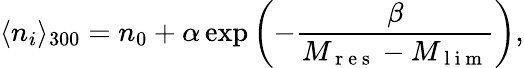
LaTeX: \langle n_{i}\rangle_{300}=n_{0}+\alpha\exp\left(-\frac{\beta}{M_{\mathrm{~r~e~s~}}-M_{\mathrm{~l~i~m~}}}\right),